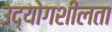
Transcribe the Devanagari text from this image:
उद्योगशीलता